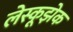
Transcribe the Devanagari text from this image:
लेस्कूझेक